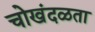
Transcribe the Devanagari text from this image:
चोखंदळता